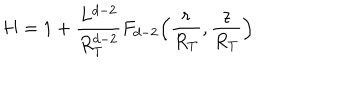
H = 1 + \frac { L ^ { d - 2 } } { R _ { T } ^ { d - 2 } } F _ { d - 2 } \Big ( \frac { r } { R _ { T } } , \frac { z } { R _ { T } } \Big )